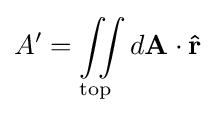
A'=\iint \limits _{\mathrm {top} }d\mathbf {A} \cdot \mathbf {\hat {r}}